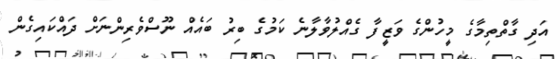
އަދި ގާތްތިމާގެ މީހުންގެ ވަޒީފާ ގެއްލުވާލާނެ ކަމުގެ ބިރު ބައެއް ނޫސްވެރިންނަށް ދައްކައިގެން